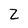
Character: Z